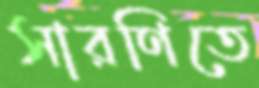
সারণিতে